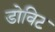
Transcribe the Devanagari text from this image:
डोविट